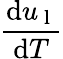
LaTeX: \frac{\mathrm{d}u_{\mathrm{~l~}}}{\mathrm{d}T}